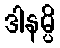
ဒါနမ္ပိ